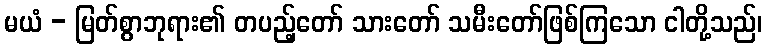
မယံ - မြတ်စွာဘုရား၏ တပည့်တော် သားတော် သမီးတော်ဖြစ်ကြသော ငါတို့သည်၊